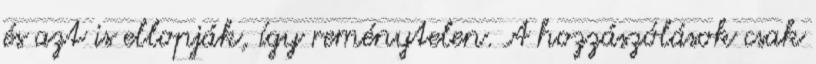
és azt is ellopják, így reménytelen. A hozzászólások csak